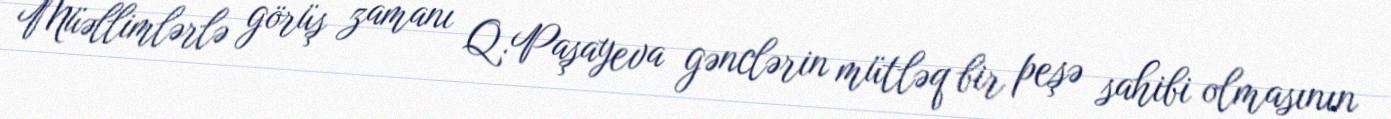
Müəllimlərlə görüş zamanı Q.Paşayeva gənclərin mütləq bir peşə sahibi olmasının